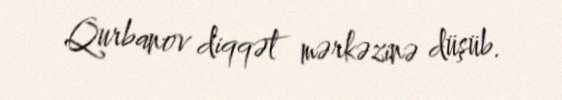
Qurbanov diqqət mərkəzinə düşüb.